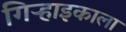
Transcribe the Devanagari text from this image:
गिऱ्हाइकाला